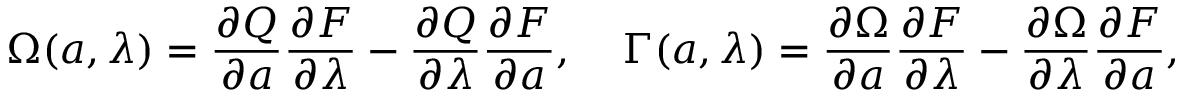
\Omega ( { a } , \lambda ) = \frac { \partial Q } { \partial { a } } \frac { \partial F } { \partial \lambda } - \frac { \partial Q } { \partial \lambda } \frac { \partial F } { \partial { a } } , \; \; \; \; \Gamma ( { a } , \lambda ) = \frac { \partial \Omega } { \partial { a } } \frac { \partial F } { \partial \lambda } - \frac { \partial \Omega } { \partial \lambda } \frac { \partial F } { \partial { a } } ,